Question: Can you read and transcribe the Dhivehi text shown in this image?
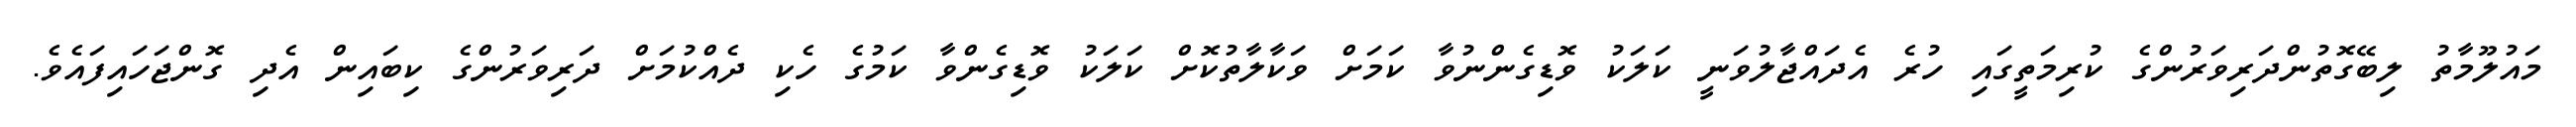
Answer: މައުލޫމާތު ލިބޭގޮތުންދަރިވަރުންގެ ކުރިމަތީގައި ހުރެ އެދައްޖާލުވަނީ ކަލަކު ވޮޑިގެންނުވާ ކަމަށް ވަކާލާތުކޮށް ކަލަކު ވޮޑިގެންވާ ކަމުގެ ހެކި ދެއްކުމަށް ދަރިވަރުންގެ ކިބައިން އެދި ގޮންޖަހައިފައެވެ.